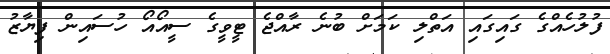
ފުލުހެއްގެ ގައިގައި އަތްލި ކަމަށް ބުނެ ރާއްޖެ ޓީވީގެ ސީއޯއޯ ހުސައިން ފިޔާޒު